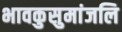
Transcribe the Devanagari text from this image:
भावकुसुमांजलि